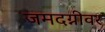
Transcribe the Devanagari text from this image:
जमदग्नीवर